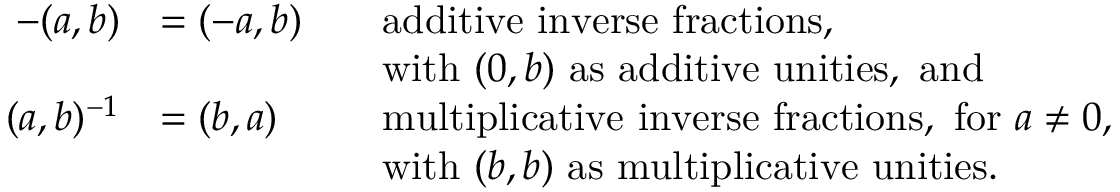
{ \begin{array} { r l r l } { - ( a , b ) } & { = ( - a , b ) } & & { { \mathrm { a d d i t i v e ~ i n v e r s e ~ f r a c t i o n s , } } } \\ & { } & & { { \mathrm { w i t h ~ } } ( 0 , b ) { \mathrm { ~ a s ~ a d d i t i v e ~ u n i t i e s , ~ a n d } } } \\ { ( a , b ) ^ { - 1 } } & { = ( b , a ) } & & { { \mathrm { m u l t i p l i c a t i v e ~ i n v e r s e ~ f r a c t i o n s , ~ f o r ~ } } a \neq 0 , } \\ & { } & & { { \mathrm { w i t h ~ } } ( b , b ) { \mathrm { ~ a s ~ m u l t i p l i c a t i v e ~ u n i t i e s } } . } \end{array} }